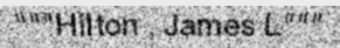
"""Hilton , James L"""